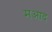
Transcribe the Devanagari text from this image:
मआद